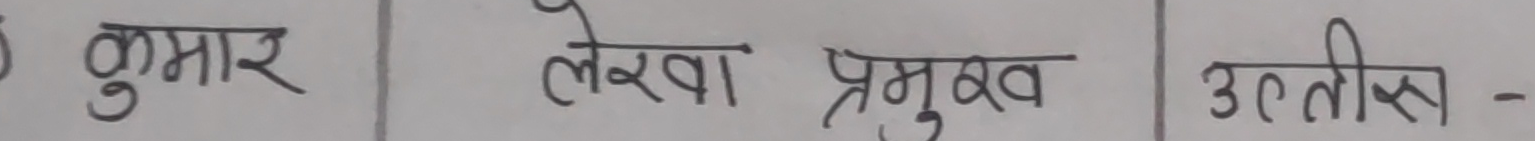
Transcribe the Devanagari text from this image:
कुमार लेखा प्रमुख प्रतीक्षा -